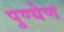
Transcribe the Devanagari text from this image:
पुण्येण